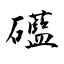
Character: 礷